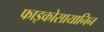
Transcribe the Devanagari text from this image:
फाइकोसायानिन